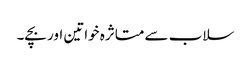
سلاب سے متاثرہ خواتین اور بچے۔